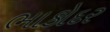
ભાકોદર